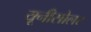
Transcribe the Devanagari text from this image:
यूनीसोलर